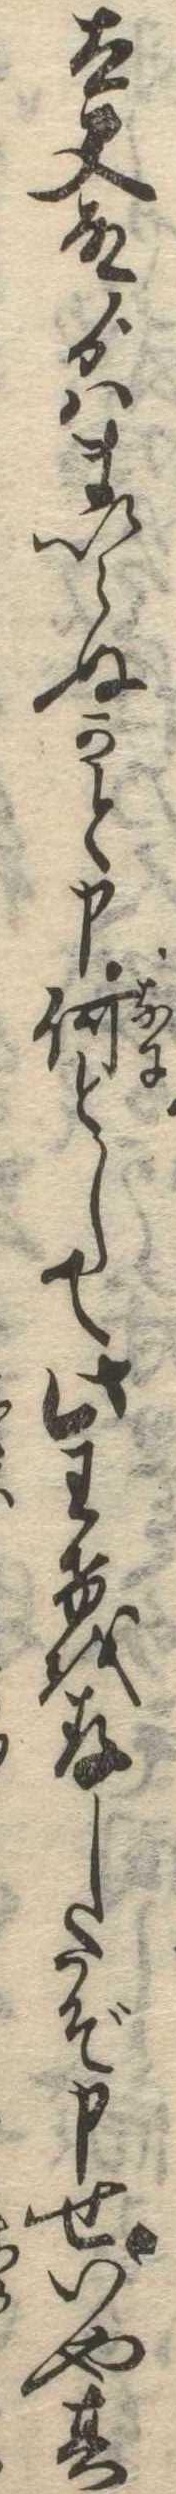
太夫殿ゟはまいらぬかと申何として此わけを存したぞ申せいや其